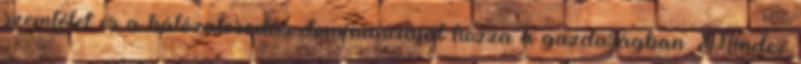
szemlélet és a hálózatosodás dominanciáját hozza a gazdaságban. Mindez